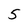
Character: 5